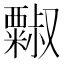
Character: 𱹥